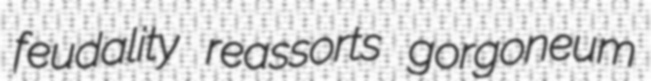
feudality reassorts gorgoneum